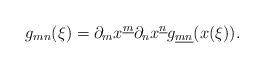
LaTeX: \begin{align*}g_{mn}(\xi)=\partial_mx^{\underline m}\partial_nx^{\underline n}g_{\underline{mn}}(x(\xi)).\end{align*}